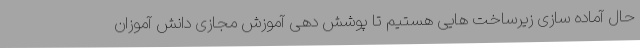
حال آماده سازی زیرساخت هایی هستیم تا پوشش دهی آموزش مجازی دانش آموزان